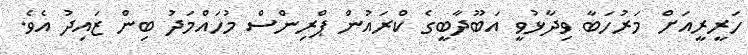
ހަރީރީއަށް މަރުހަބާ ވިދާޅުވީ އަބޫދާބީގެ ކްރައުން ޕްރިންސް މުހައްމަދު ބިން ޒައިދު އެވެ.